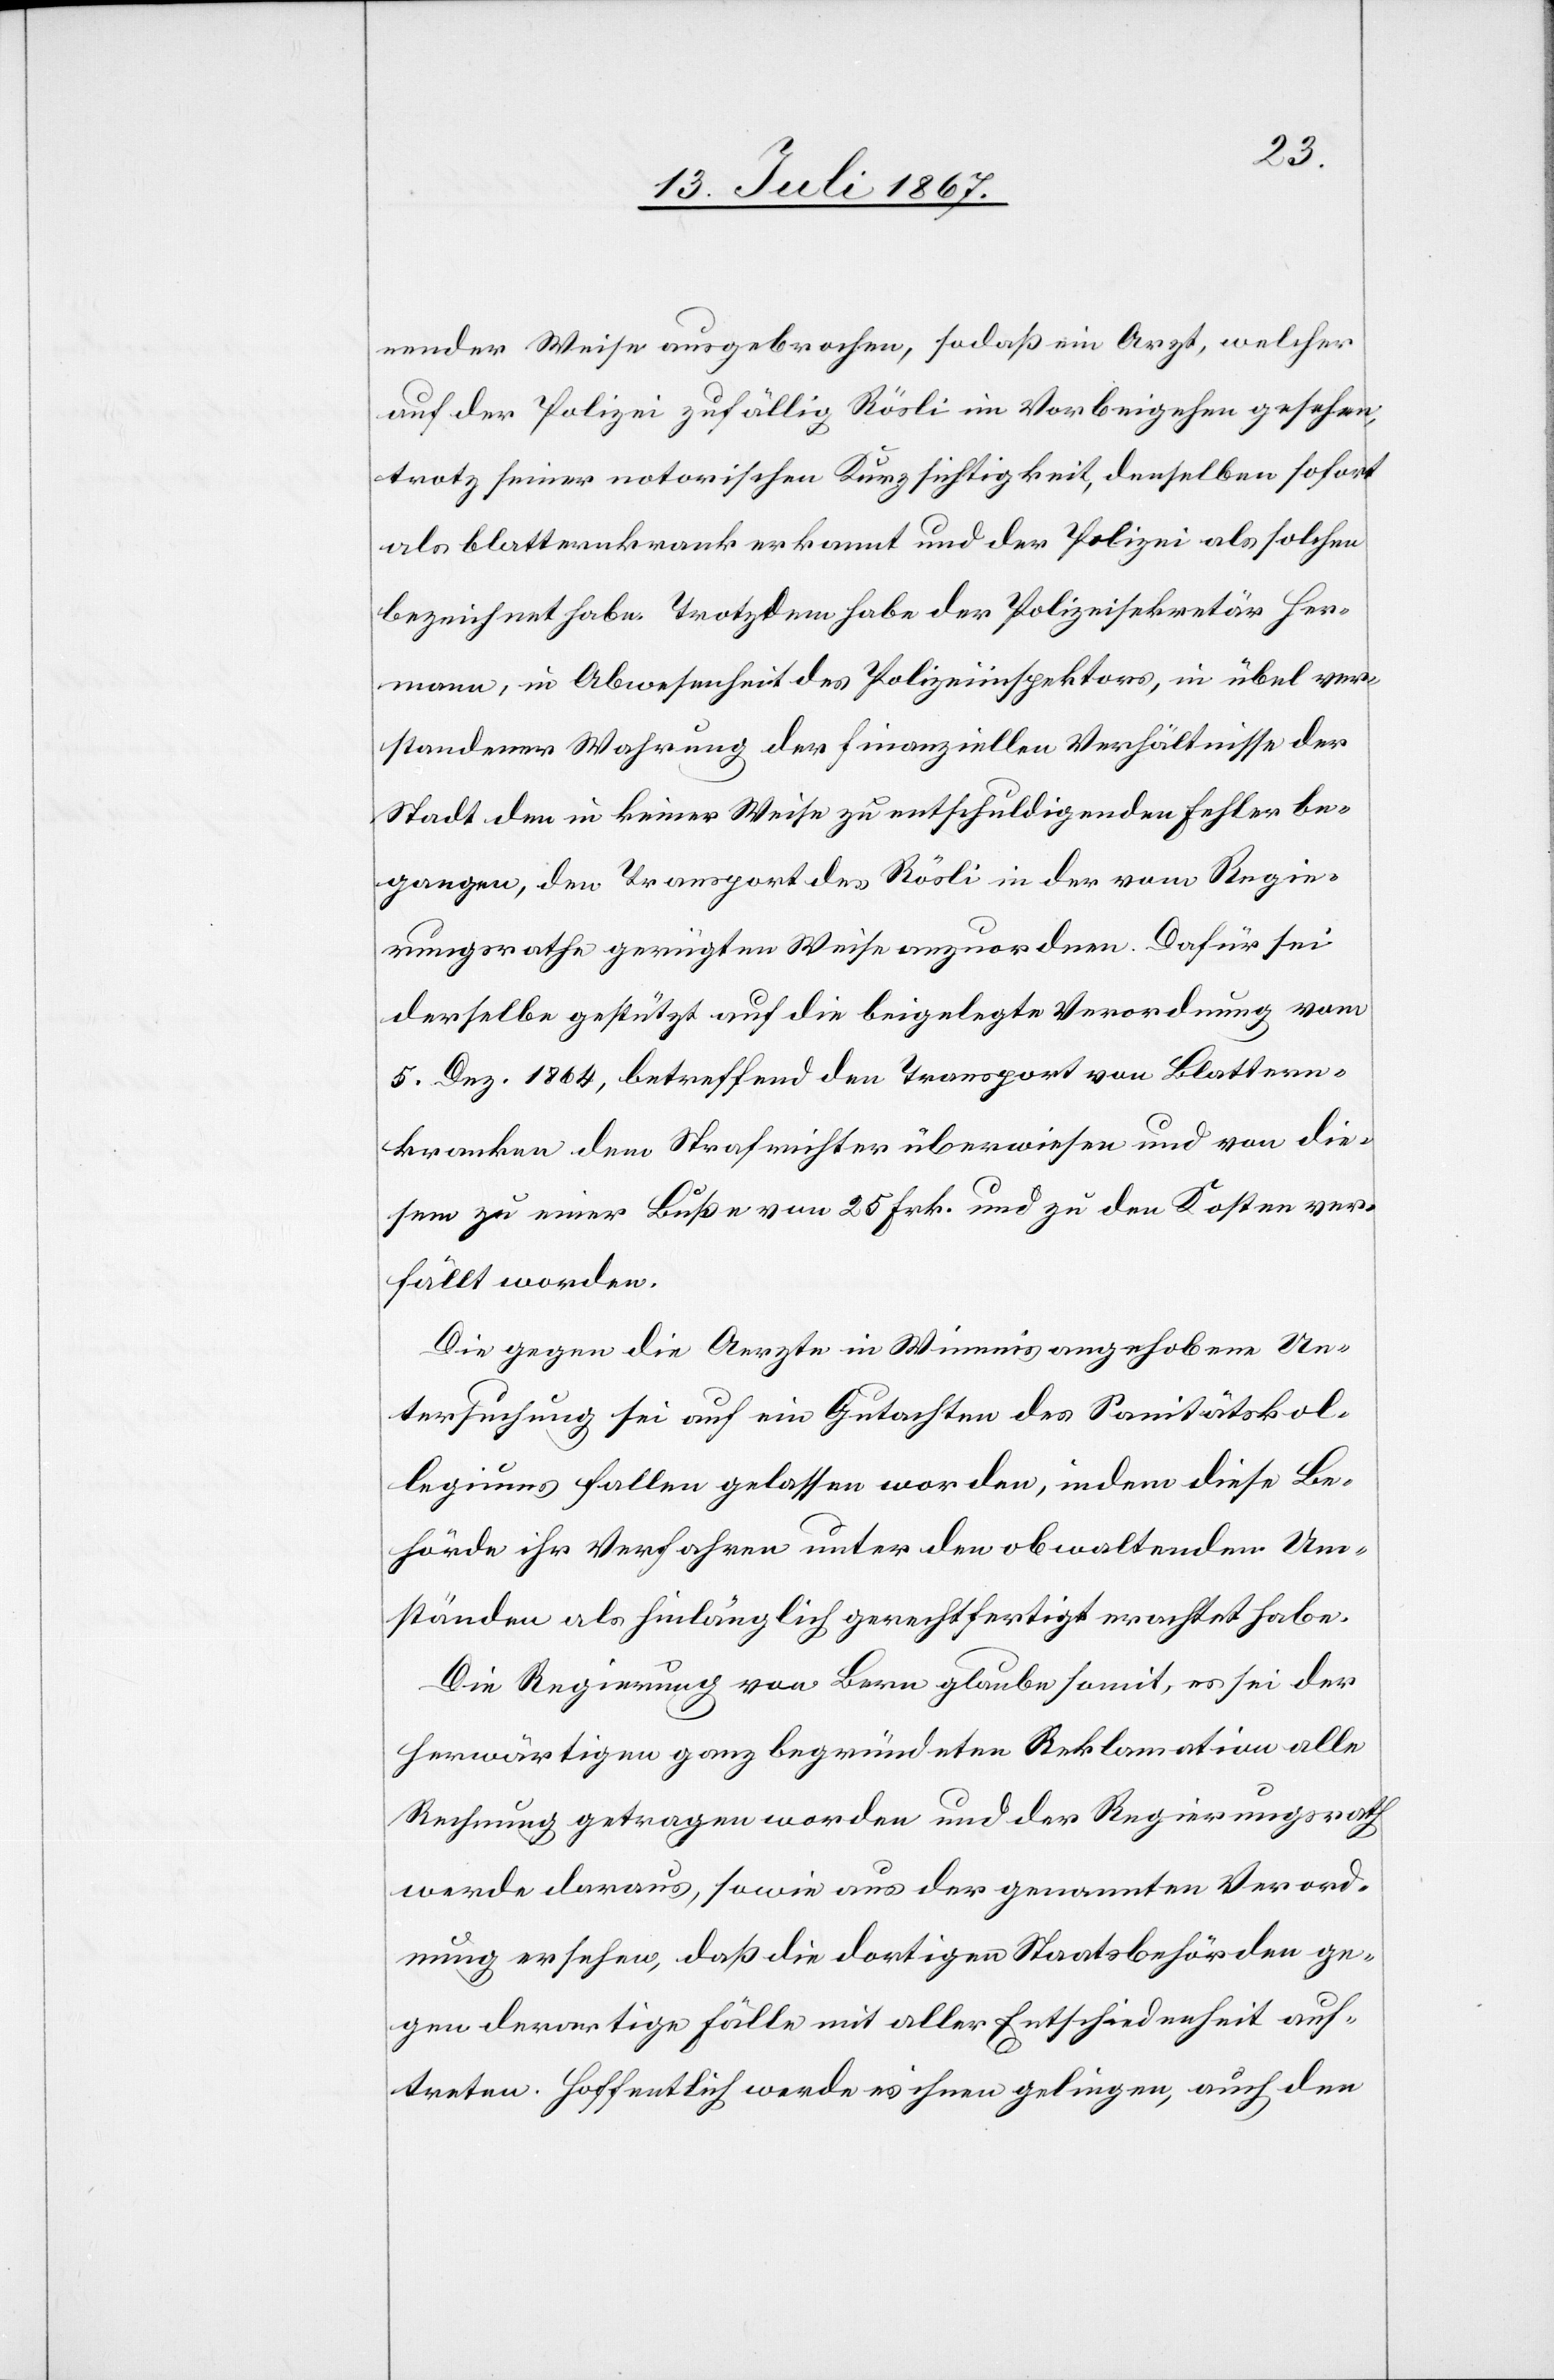
nender Weise ausgebrochen, sodaß ein Arzt, welcher
auf der Polizei zufällig Rösli im Vorbeigehen gesehen,
trotz seiner notorischen Kurzsichtigkeit, denselben sofort
als blatternkrank erkannt und der Polizei als solchen
bezeichnet habe. Trotzdem habe der Polizeisekretär Her¬
mann, in Abwesenheit des Polizeiinspektors, in übel ver¬
standener Wahrung der finanziellen Verhältnisse der
Stadt den in keiner Weise zu entschuldigenden Fehler be¬
gangen, den Transport des Rösli in den vom Regie¬
rungsrathe gerügten Weise anzuordnen. Dafür sei
derselbe gestützt auf die beigelegte Verordnung vom
5. Dez. 1864, betreffend den Transport von Blattern¬
kranken dem Strafrichter überwiesen und von die¬
sem zu einer Buße von 25 Frk. und zu den Kosten ver¬
fällt worden.
Die gegen die Aerzte in Winnis angehobene Un¬
tersuchung sei auf ein Gutachten des Sanitätskol¬
legiums fallen gelassen worden, indem diese Be¬
hörde ihr Verfahren unter den obwaltenden Um¬
ständen als hinlänglich gerechtfertigt erachtet habe.
Die Regierung von Bern glaub somit, es sei der
herwärtigen ganz begründeten Reklamation alle
Rechnung getragen worden und der Regierungsrath
werde daraus, sowie aus der genannten Verord¬
nung ersehen, daß die dortigen Staatsbehörden ge¬
gen derartige Fälle mit aller Entschiedenheit auf¬
treten. Hoffentlich werde es ihnen gelingen, auch den